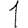
Digit: 1